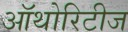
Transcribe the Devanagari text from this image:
ऑथोरिटीज